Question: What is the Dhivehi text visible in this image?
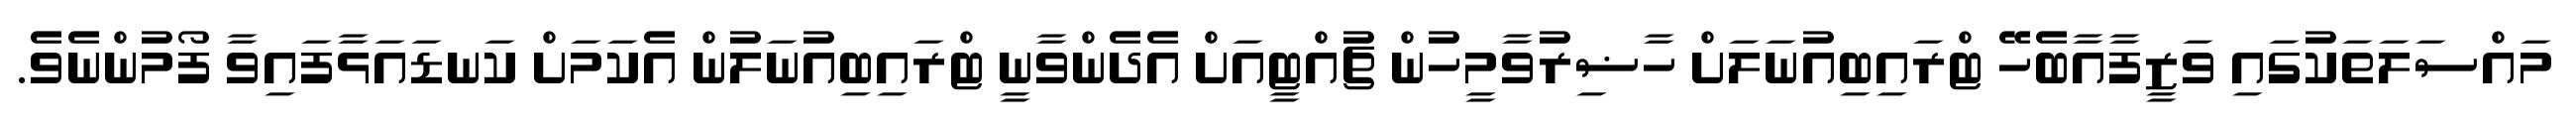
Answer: މައްސަލަތަކުގައި ވަޒީފާއާބެހޭ ޓްރައިބިއުނަލަށް ހާޟިރުވާމީހުން ޗުއްޓީއަށް އެދެންވާނީ ޓްރައިބިއުނަލުން އެކަމަށް ކަނޑައަޅާފައިވާ ފޯމުންނެވެ.